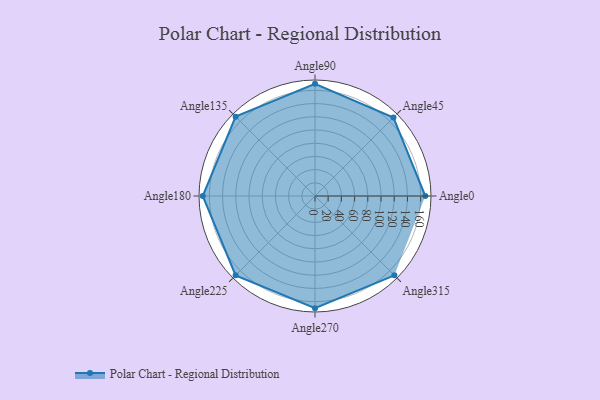
{"axis": {"x": "Angle", "y": "Radius"}, "legend": [""], "data": [{"x": "Angle0", "y": 167.0, "type": ""}, {"x": "Angle45", "y": 168.0, "type": ""}, {"x": "Angle90", "y": 170, "type": ""}, {"x": "Angle135", "y": 170, "type": ""}, {"x": "Angle180", "y": 170, "type": ""}, {"x": "Angle225", "y": 170, "type": ""}, {"x": "Angle270", "y": 170, "type": ""}, {"x": "Angle315", "y": 170, "type": ""}]}